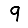
Digit: 9